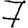
Digit: 7